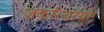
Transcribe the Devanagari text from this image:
ज़करियायुटे